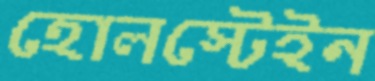
হোলস্টেইন